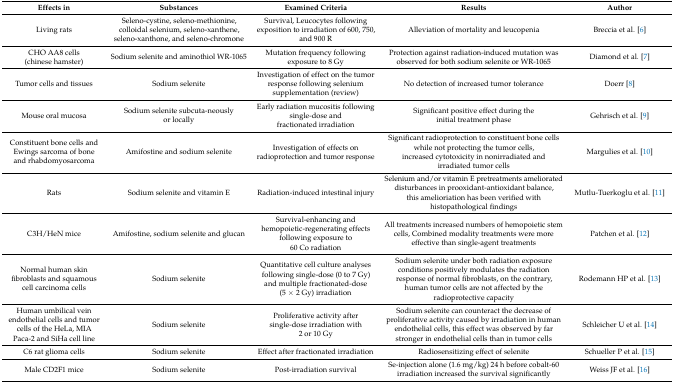
<table><thead><tr><td><b>Effects in</b></td><td><b>Substances</b></td><td><b>Examined Criteria</b></td><td><b>Results</b></td><td><b>Author</b></td></tr></thead><tbody><tr><td>Living rats</td><td>Seleno-cystine, seleno-methionine, colloidal selenium, seleno-xanthene, seleno-xanthone, and seleno-chromone</td><td>Survival, Leucocytes following exposition to irradiation of 600, 750, and 900 R</td><td>Alleviation of mortality and leucopenia</td><td>Breccia et al. [6]</td></tr><tr><td>CHO AA8 cells (chinese hamster)</td><td>Sodium selenite and aminothiol WR-1065</td><td>Mutation frequency following exposure to 8 Gy</td><td>Protection against radiation-induced mutation was observed for both sodium selenite or WR-1065</td><td>Diamond et al. [7]</td></tr><tr><td>Tumor cells and tissues</td><td>Sodium selenite</td><td>Investigation of effect on the tumor response following selenium supplementation (review)</td><td>No detection of increased tumor tolerance</td><td>Doerr [8]</td></tr><tr><td>Mouse oral mucosa</td><td>Sodium selenite subcuta-neously or locally</td><td>Early radiation mucositis following single-dose and fractionated irradiation</td><td>Significant positive effect during the initial treatment phase</td><td>Gehrisch et al. [9]</td></tr><tr><td>Constituent bone cells and Ewings sarcoma of bone and rhabdomyosarcoma</td><td>Amifostine and sodium selenite</td><td>Investigation of effects on radioprotection and tumor response</td><td>Significant radioprotection to constituent bone cells while not protecting the tumor cells, increased cytotoxicity in nonirradiated and irradiated tumor cells</td><td>Margulies et al. [10]</td></tr><tr><td>Rats</td><td>Sodium selenite and vitamin E</td><td>Radiation-induced intestinal injury</td><td>Selenium and/or vitamin E pretreatments ameliorated disturbances in prooxidant-antioxidant balance, this amelioriation has been verified with histopathological findings</td><td>Mutlu-Tuerkoglu et al. [11]</td></tr><tr><td>C3H/HeN mice</td><td>Amifostine, sodium selenite and glucan</td><td>Survival-enhancing and hemopoietic-regenerating effects following exposure to 60 Co radiation</td><td>All treatments increased numbers of hemopoietic stem cells, Combined modality treatments were more effective than single-agent treatments</td><td>Patchen et al. [12] </td></tr><tr><td>Normal human skin fibroblasts and squamous cell carcinoma cells</td><td>Sodium selenite</td><td>Quantitative cell culture analyses following single-dose (0 to 7 Gy) and multiple fractionated-dose (5 × 2 Gy) irradiation</td><td>Sodium selenite under both radiation exposure conditions positively modulates the radiation response of normal fibroblasts, on the contrary, human tumor cells are not affected by the radioprotective capacity</td><td>Rodemann HP et al. [13]</td></tr><tr><td>Human umbilical vein endothelial cells and tumor cells of the HeLa, MIA Paca-2 and SiHa cell line</td><td>Sodium selenite</td><td>Proliferative activity after single-dose irradiation with 2 or 10 Gy</td><td>Sodium selenite can counteract the decrease of proliferative activity caused by irradiation in human endothelial cells, this effect was observed by far stronger in endothelial cells than in tumor cells</td><td>Schleicher U et al. [14]</td></tr><tr><td>C6 rat glioma cells</td><td>Sodium selenite</td><td>Effect after fractionated irradiation</td><td>Radiosensitizing effect of selenite</td><td>Schueller P et al. [15]</td></tr><tr><td>Male CD2F1 mice</td><td>Sodium selenite</td><td>Post-irradiation survival</td><td>Se-injection alone (1.6 mg/kg) 24 h before cobalt-60 irradiation increased the survival significantly</td><td>Weiss JF et al. [16]</td></tr></tbody></table>